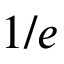
1 / e